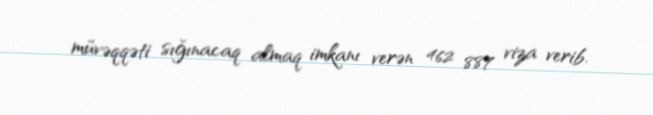
müvəqqəti sığınacaq almaq imkanı verən 462 887 viza verib.